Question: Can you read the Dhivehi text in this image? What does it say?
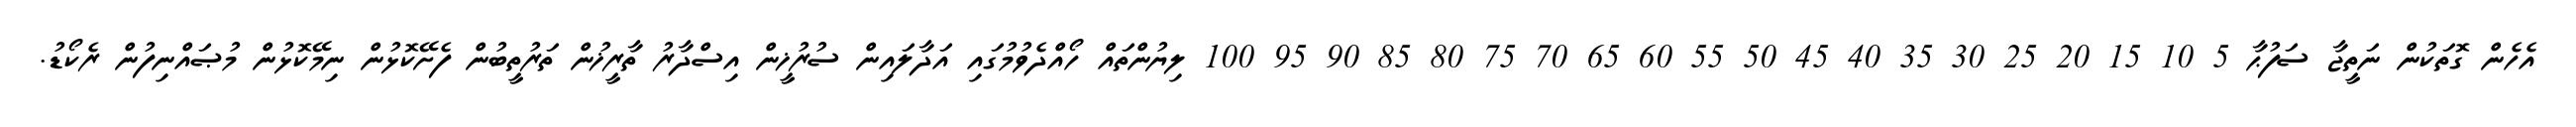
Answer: އެހެން ގޮތަކުން ނަތީޖާ ސަފުޙާ 5 10 15 20 25 30 35 40 45 50 55 60 65 70 75 80 85 90 95 100 ލިޔުންތައް ހޯއްދެވުމުގައި އަދާލައިން ސުރުޚީން އިސްދާރު ތާރީޚުން ތަރުތީބުން ފެށޭކޮޅުން ނިމޭކޮޅުން މުޞައްނިފުން ރެކޯޑު.